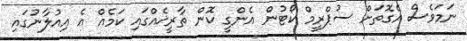
ނަމަވެސް އެގޮތަށް ސުޕްރީމް ކޯޓުން އެންގީ ކޮން ތާރީޚެއްގައި ކަމެއް އެ އިއުލާނުގައި